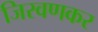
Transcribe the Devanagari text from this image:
जिरवणकर